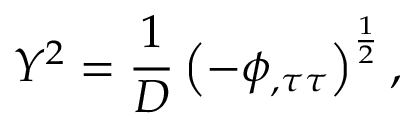
Y ^ { 2 } = \frac 1 D \left( - \phi _ { , \tau \tau } \right) ^ { \frac 1 2 } ,